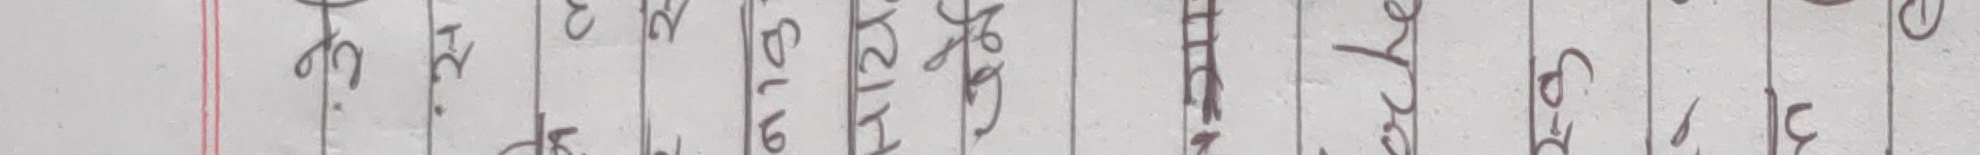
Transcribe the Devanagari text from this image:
जे. वि. ५८१६ सायेम हतियार ई० प्सि ३/३८० (९)